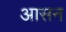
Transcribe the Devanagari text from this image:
अासन